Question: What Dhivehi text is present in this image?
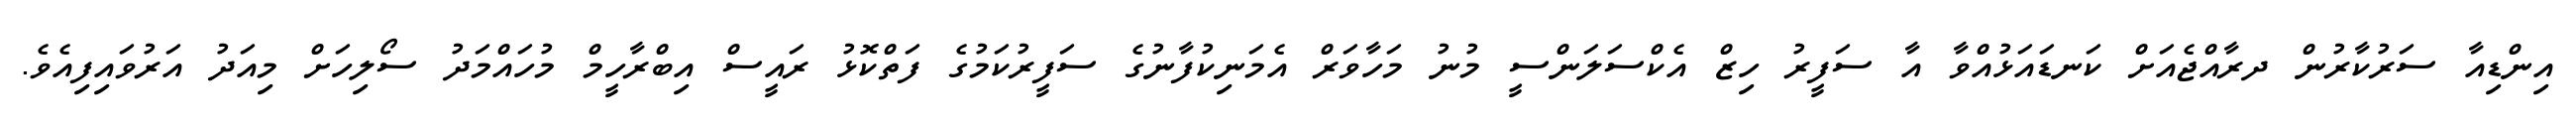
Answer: އިންޑިއާ ސަރުކާރުން ދރާއްޖެއަށް ކަނޑައަޅުއްވާ އާ ސަފީރު ހިޒް އެކްސަލަންސީ މުނު މަހާވަރް އެމަނިކުފާނުގެ ސަފީރުކަމުގެ ފަތްކޮޅު ރައީސް އިބްރާހީމް މުހައްމަދު ސޯލިހަށް މިއަދު އަރުވައިފިއެވެ.